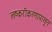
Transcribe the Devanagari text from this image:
लष्करीकरणापासून